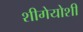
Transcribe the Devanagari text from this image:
शीगेयोशी